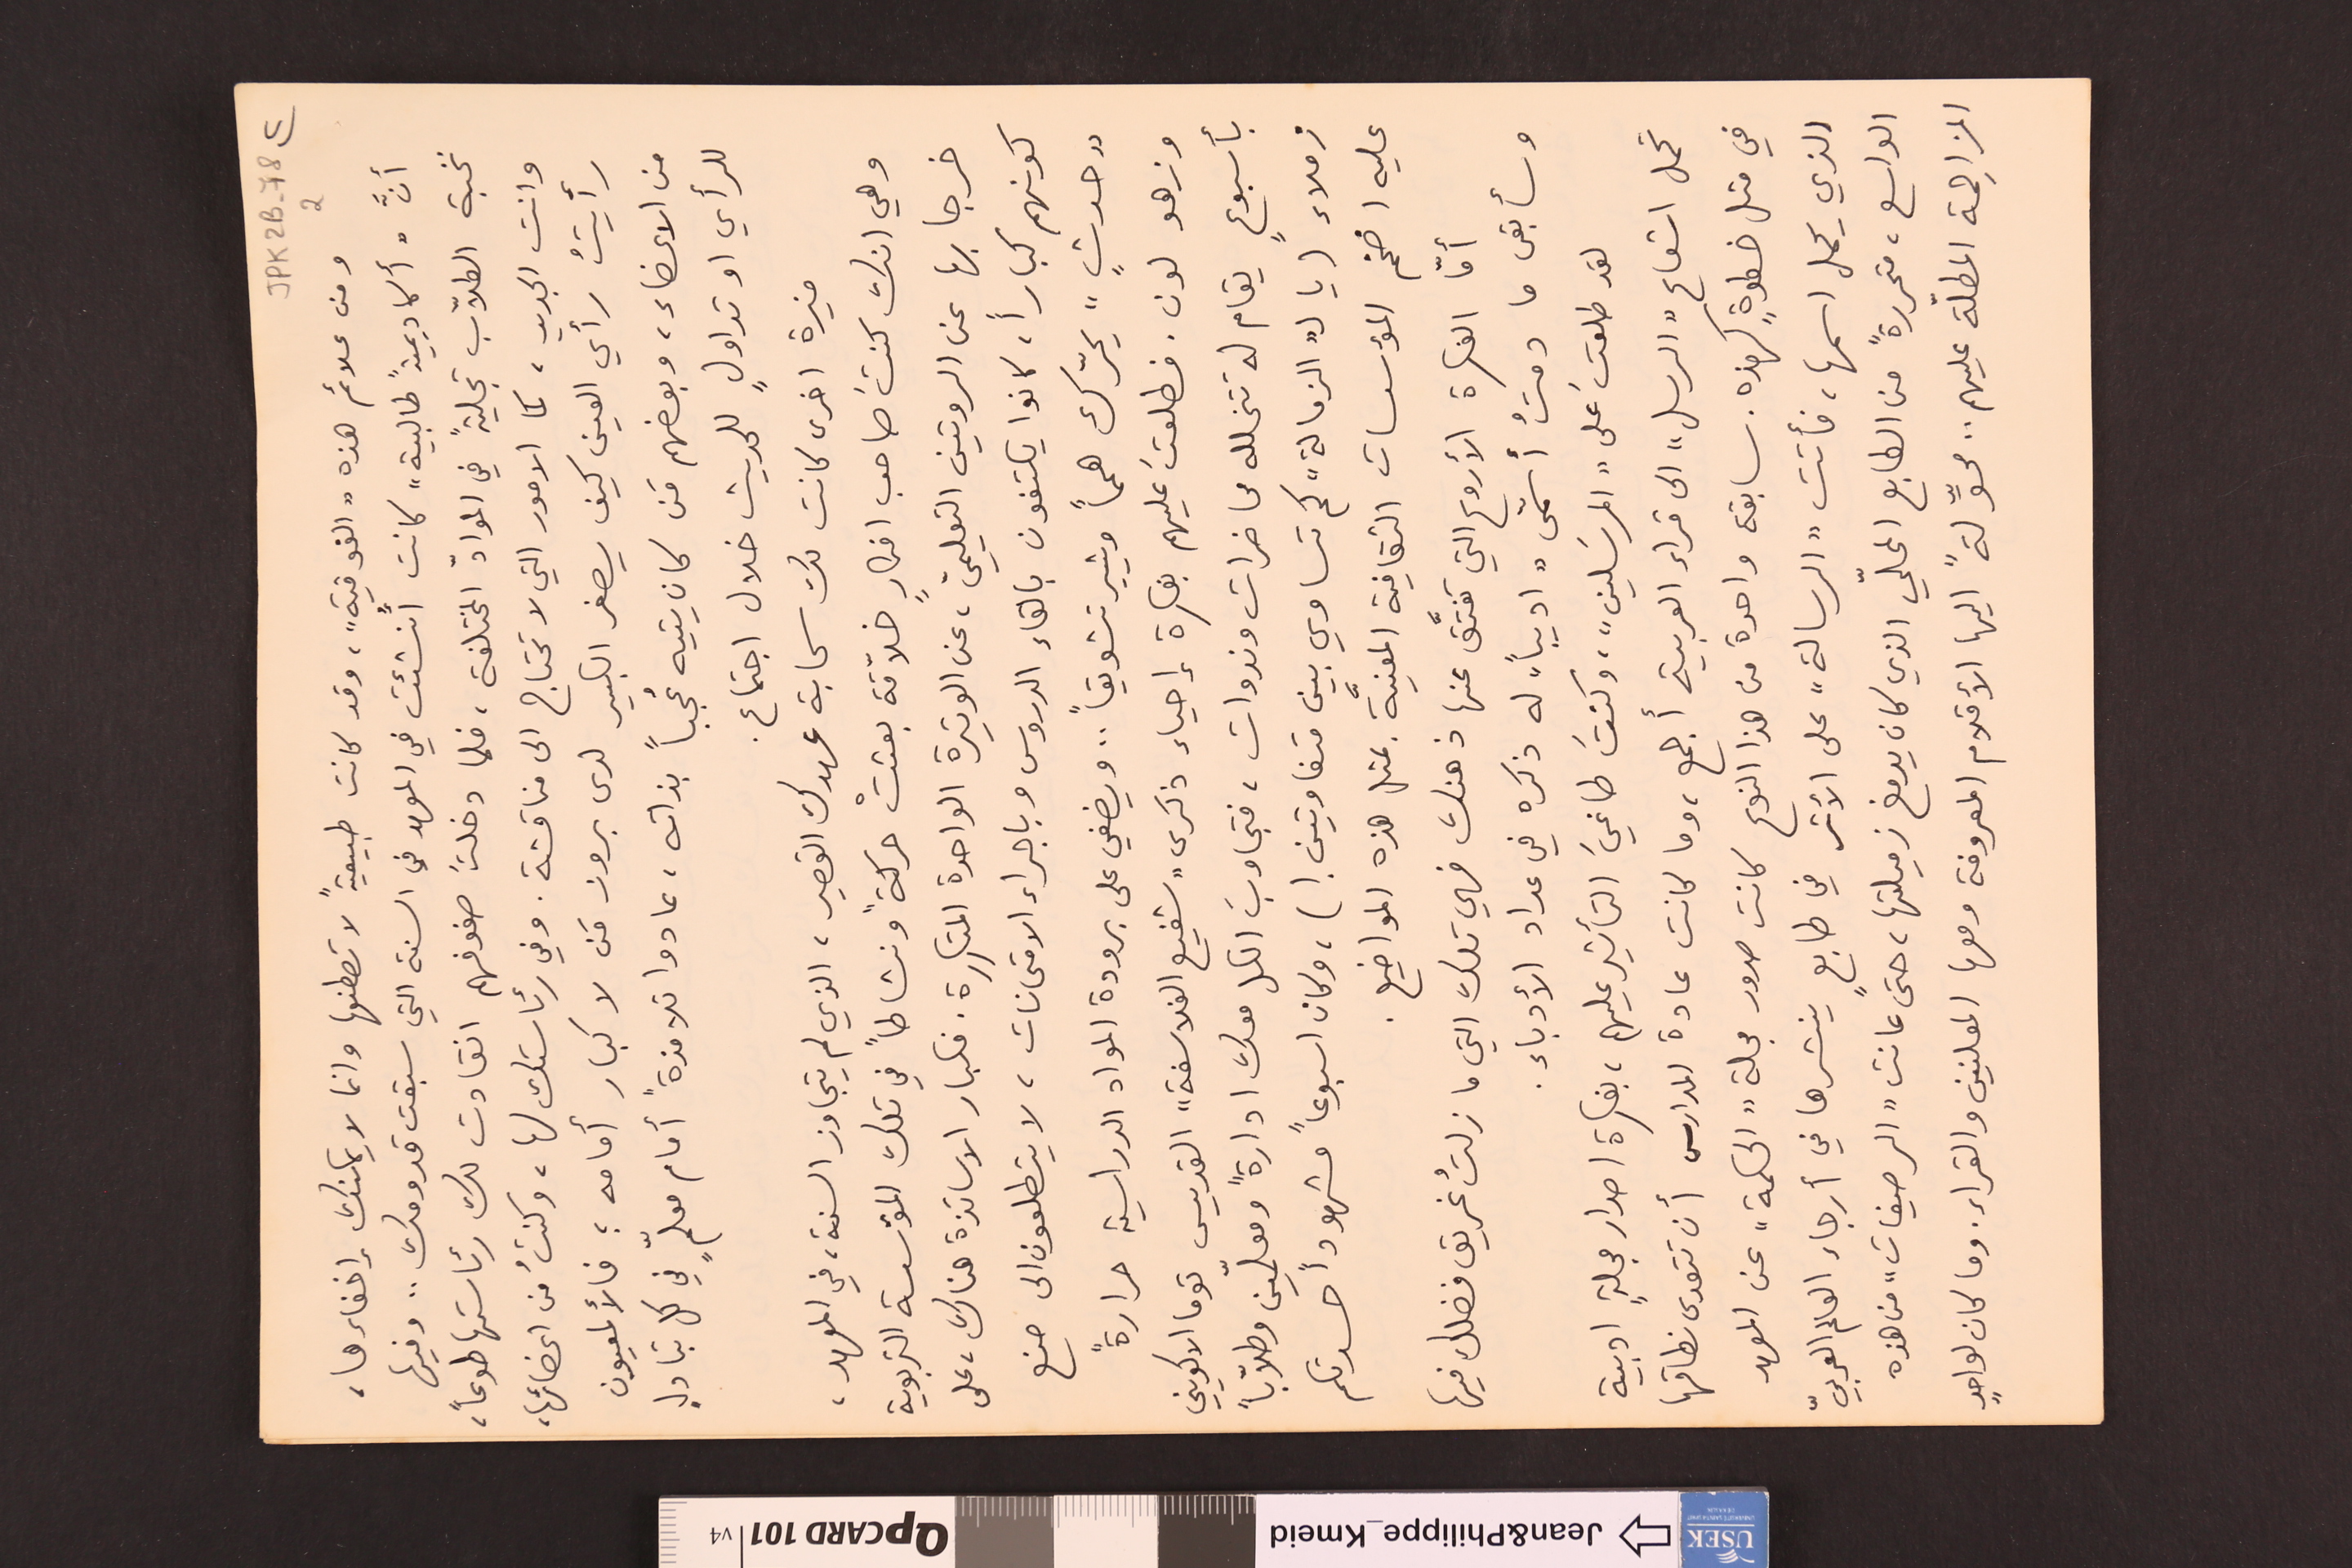
JPK2B-78			٢)		2
ومن علائم هذه "الفوقية"، وقد كانت طبيعيةً لا تصطنعها وانما لا يمكنك إخفاءها،
أنَّ "أكاديميةً طالبية" كانت أُنشئت في المعهد في السنة التي سبقت قدومك .. وفيها
نخبة الطلاّب تجليةً في الموادّ المختلفة، فلما دخلتُ صفوفهم انقادت لك رئاستها طوعاً،
وانت الجديد، كما الامور التي لا تحتاج الى مناقشة. وفي رئاستك لها، وكنتُ من اعضائها،
رأيتُ رأي العين كيف يصغر الكبير لدى بروز مَن لا كبار أمامه ؛ فالألمعيون
من الأعضاء، وبعضهم مَن كان يتيه عُجباً بذاته، عادوا تلامذةً أمام معلّمٍ في كل تبادلٍ
للرأي او تداولٍ للحديث خلال اجتماع.
ميزة اخرى كانت لك سحابة عهدك القصير، الذي لم يتجاوز السنة، في المعهد،
وهي انك كنتَ صاحب افكارٍ خلاّقة بعثتْ حركةً ونشاطاً في تلك المؤسسة التربوية
خرجا بها عن الروتين التعليميّ، عن الوتيرة الواحدة المتكررة. فكبار الاساتذة هناك، على
كونهم كباراً، كانوا يكتفون بالقاء الدروس وباجراء الامتحانات، لا يتطلعون الى صنع
"حدثٍ" يحرّك همماً ويثير تشويقاً .. ويضفي على برودة المواد الدراسية حرارةً
وزهو لون. فطلعتَ عليهم بفكرة إحياء ذكرى "شفيع الفلاسفة" القديس توما الاكويني
بأسبوعٍ يقام له تتخلله محاضرات وندوات، فتجاوبَ الكل معك ادارةً ومعلّمين وطلاّباً
زملاء (يا لـ"الزمالة" كم تساوي بين متفاوتين !)، وكان اسبوعاً مشهوداً حسدتكم
عليه اضخم المؤسسات الثقافية المعنيَّة بمثل هذه المواضيع.
أمّا الفكرة الأروع التي تفتَّق عنها ذهنك فهي تلك التي ما زلتُ غريق فضلك فيها
وسأبقى ما دمتُ أسمّى "اديباً" له ذكره في عداد الأدباء.
لقد طلعتَ على "المرسَلين"، وكنتَ طاغيَ التأثير عليهم، بفكرة اصدار مجلةٍ ادبية
تحمل اشعاع "الرسل" الى قراء العربية أجمع، وما كانت عادة المدارس أن تتعدى نطاقها
في مثل خطوةٍ كهذه. سابقة واحدة من هذا النوع كانت صدور مجلة "الحكمة" عن المعهد
الذي يحمل اسمها، فأتت "الرسالة" على الأثر في طابعٍ ينشرها في أرجاء العالم العربيّ
الواسع، متحررةً من الطابع المحليّ الذي كان يدفع زميلتها، حتى عانت "الرصيفات" من هذه
المزاحِمة المطلّة عليهم .. محوِّلةً اليها الأقلام المعروفة ومعها المعلنين والقراء. وما كان لواحدٍ